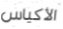
الأكياس